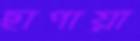
ছাপায়া